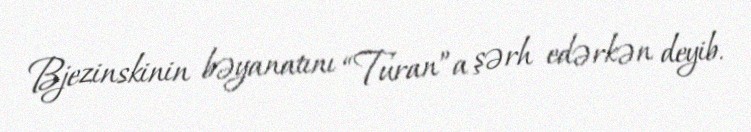
Bjezinskinin bəyanatını “Turan”a şərh edərkən deyib.